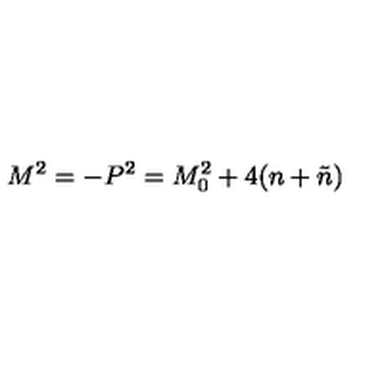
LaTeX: M ^ { 2 } = - P ^ { 2 } = M _ { 0 } ^ { 2 } + 4 ( n + \tilde { n } )